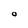
Character: 0